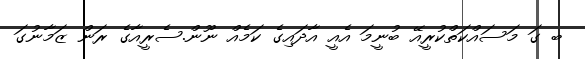
ބ ގަ މަސައްކަތްކުރީއޭ ބުނީމަ އެއީ އާދައިގެ ކަމެއް ނޫން.ސެރީއާގެ ރަން ޒަމާނުގަ